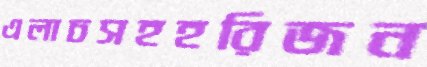
এলাচসহহরিজন